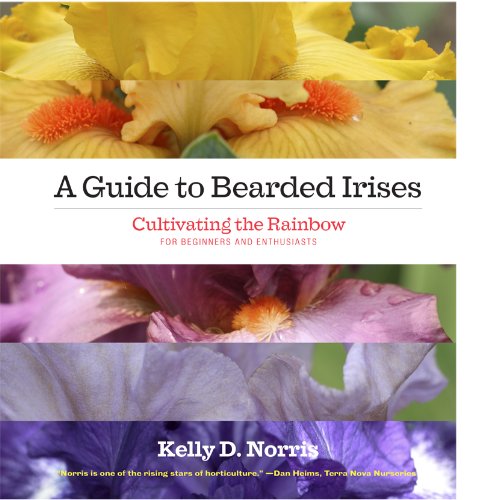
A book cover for A Guide to Bearded Irises: Cultivating the Rainbow for Beginners and Enthusiasts; Kelly Norris; Crafts, Hobbies & Home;